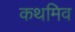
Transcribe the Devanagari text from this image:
कथमिव